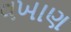
વખાણ